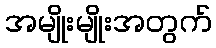
အမျိုးမျိုးအတွက်